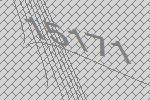
15171